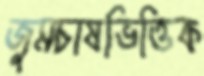
জুমচাষভিত্তিক